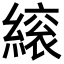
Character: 𦄣